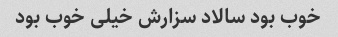
خوب بود سالاد سزارش خیلی خوب بود